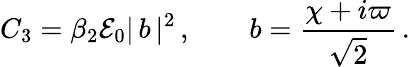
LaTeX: {C}_{3}={\beta_{2}{\cal E}_{0}}|\, b\, |^{2}\, ,\qquad b=\frac{\chi+i\varpi}{\sqrt{2}}\, .